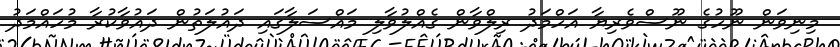
މިނިވަން ނޫހުގެ ނޫސްވެރިޔާ އަހްމަދު ރިލްވާން ގެއްލުވާލި މައްސަލާގައި ދައުލަތުން ދައުވާކުރާ މުހައްމަދު